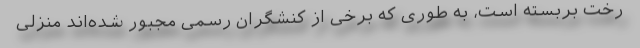
رخت بربسته است، به طوری که برخی از کنشگران رسمی مجبور شده‌اند منزلی